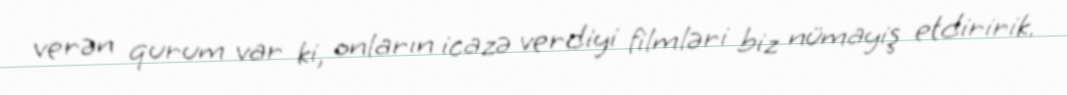
verən qurum var ki, onların icazə verdiyi filmləri biz nümayiş etdiririk.